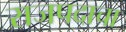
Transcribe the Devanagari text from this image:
राजपदाचा